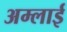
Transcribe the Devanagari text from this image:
अम्लाई